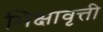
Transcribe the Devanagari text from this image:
भिक्षावृत्ती